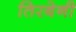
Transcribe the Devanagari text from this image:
तिरबेनी